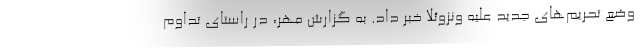
وضع تحریم‌های جدید علیه ونزوئلا خبر داد. به گزارش مهر، در راستای تداوم